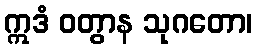
ဣဒံ ဝတွာန သုဂတော၊